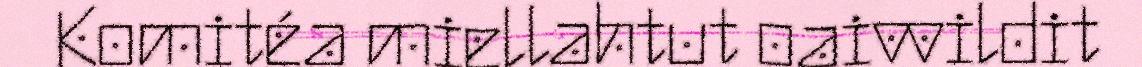
Komitéa miellahtut oaivvildit